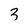
Character: 3